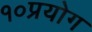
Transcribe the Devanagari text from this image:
१०प्रयोग